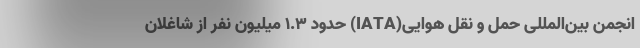
انجمن بین‌المللی حمل و نقل هوایی(IATA) حدود ۱.۳ میلیون نفر از شاغلان